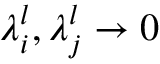
\lambda _ { i } ^ { l } , \lambda _ { j } ^ { l } \rightarrow 0